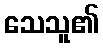
သေသူ၏